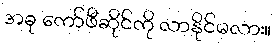
အခု ကော်ဖီဆိုင်ကို လာနိုင်မလား။